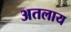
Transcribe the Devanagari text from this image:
अतलाय